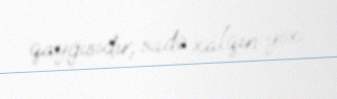
qayğısıdır, sadə xalqın yox.